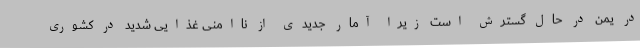
در یمن در حال گسترش است زیرا آمار جدیدی از ناامنی غذایی شدید در کشوری